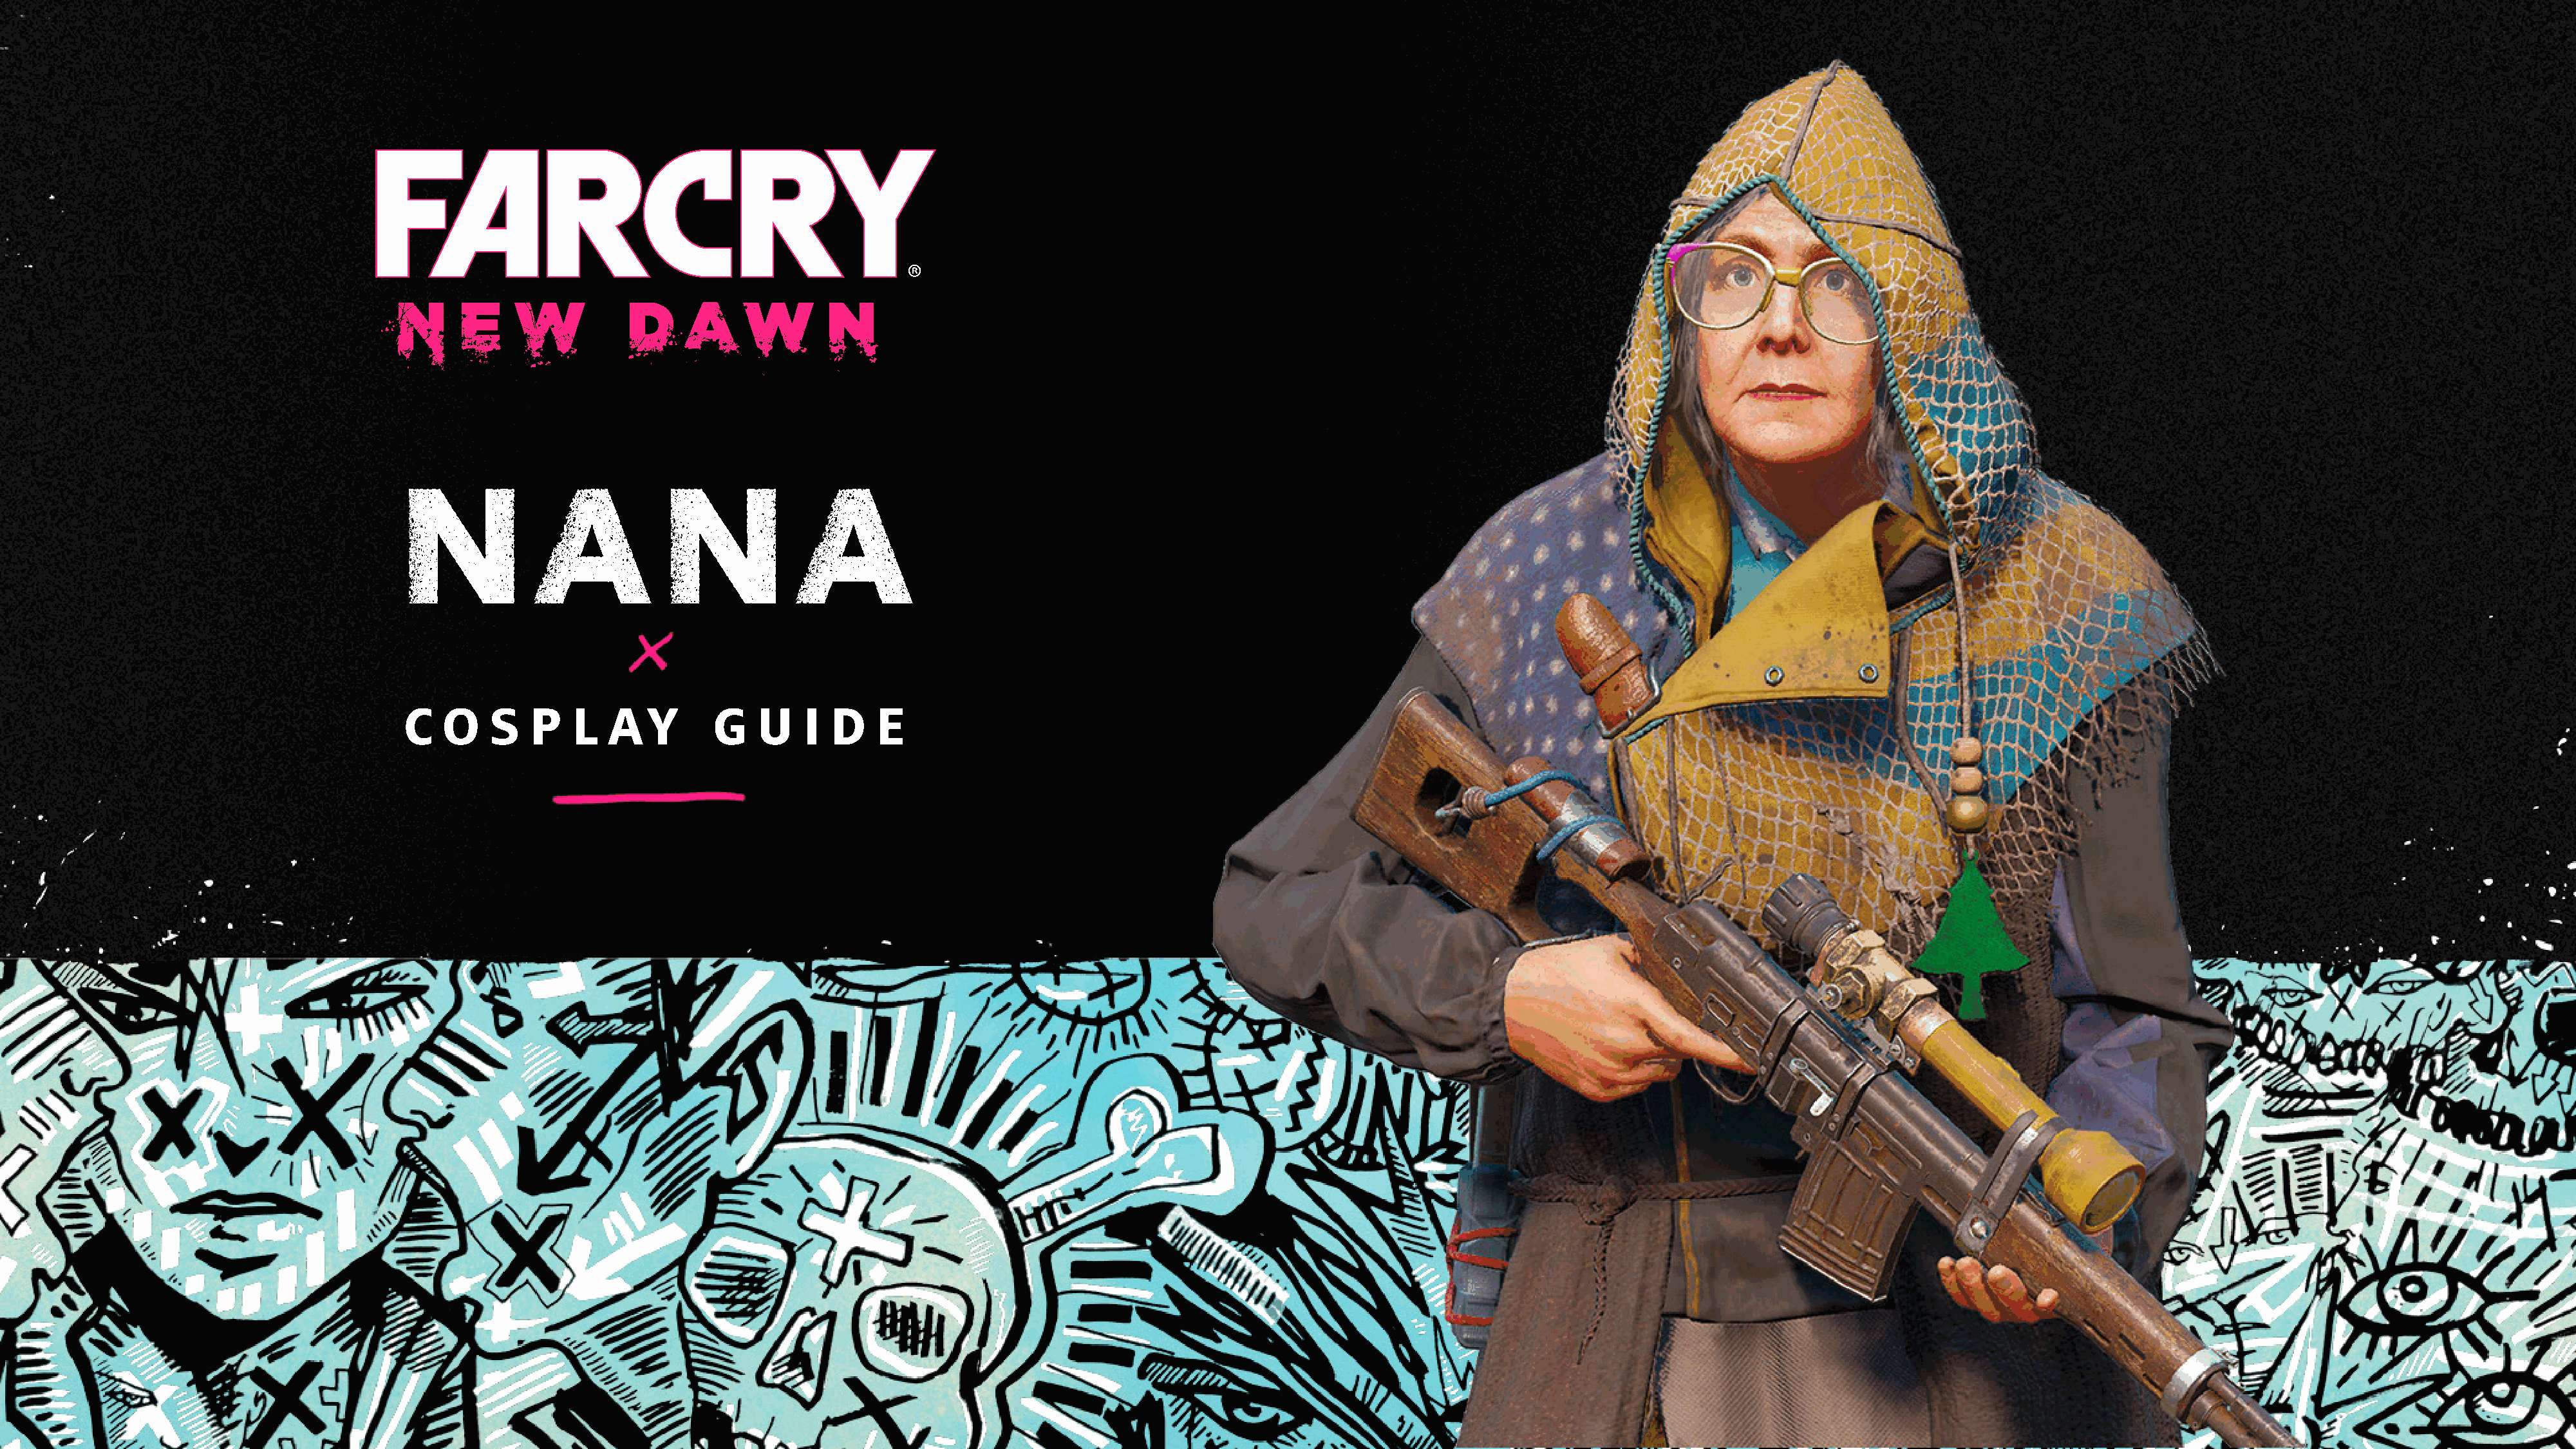
NA                        NA
 C  O    S   P    L   A   Y     G    U    I D    E